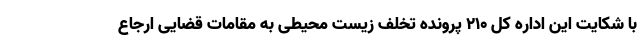
با شکایت این اداره کل ۲۱۰ پرونده تخلف زیست محیطی به مقامات قضایی ارجاع